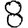
Digit: 8